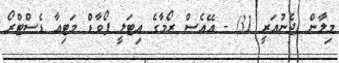
މިލާން (ޖެނުއަރީ 31) - އޭއެސް ރޯމާގެ އިޓަލީ ފޯވާޑް މަޓިއާ ޑެސްޓްރޯ